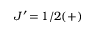
J ^ { \prime } \, { = } \, 1 / 2 ( + )